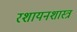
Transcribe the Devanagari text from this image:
रशायनशास्त्र